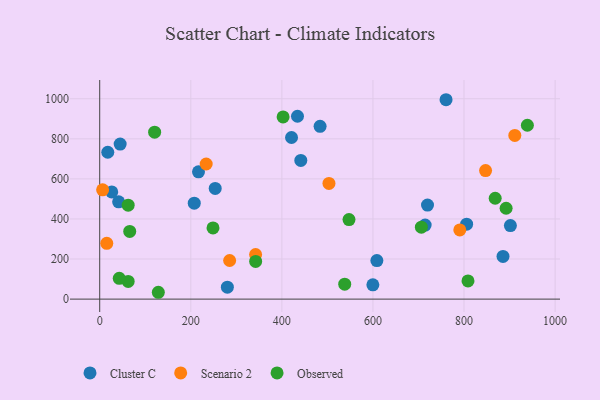
{"axis": {"x": "Investment", "y": "Yield"}, "legend": ["Cluster C", "Observed", "Scenario 2"], "data": [{"x": "608.6", "y": 192.5, "type": "Cluster C"}, {"x": "441.6", "y": 692.0, "type": "Cluster C"}, {"x": "253.6", "y": 552.4, "type": "Cluster C"}, {"x": "714.6", "y": 369.3, "type": "Cluster C"}, {"x": "41.5", "y": 485.3, "type": "Cluster C"}, {"x": "216.9", "y": 635.2, "type": "Cluster C"}, {"x": "805.7", "y": 374.2, "type": "Cluster C"}, {"x": "280.3", "y": 59.4, "type": "Cluster C"}, {"x": "483.9", "y": 862.3, "type": "Cluster C"}, {"x": "901.8", "y": 367.0, "type": "Cluster C"}, {"x": "26.4", "y": 534.8, "type": "Cluster C"}, {"x": "760.5", "y": 995.1, "type": "Cluster C"}, {"x": "434.3", "y": 912.6, "type": "Cluster C"}, {"x": "17.7", "y": 732.9, "type": "Cluster C"}, {"x": "207.6", "y": 478.6, "type": "Cluster C"}, {"x": "44.9", "y": 773.7, "type": "Cluster C"}, {"x": "599.8", "y": 71.3, "type": "Cluster C"}, {"x": "885.6", "y": 212.8, "type": "Cluster C"}, {"x": "421.2", "y": 806.6, "type": "Cluster C"}, {"x": "719.8", "y": 469.5, "type": "Cluster C"}, {"x": "847.3", "y": 641.6, "type": "Scenario 2"}, {"x": "285.3", "y": 192.7, "type": "Scenario 2"}, {"x": "233.8", "y": 674.2, "type": "Scenario 2"}, {"x": "342.3", "y": 222.7, "type": "Scenario 2"}, {"x": "6.4", "y": 545.4, "type": "Scenario 2"}, {"x": "15.5", "y": 278.2, "type": "Scenario 2"}, {"x": "503.4", "y": 577.5, "type": "Scenario 2"}, {"x": "790.7", "y": 345.2, "type": "Scenario 2"}, {"x": "911.5", "y": 817.1, "type": "Scenario 2"}, {"x": "706.3", "y": 358.8, "type": "Observed"}, {"x": "62.5", "y": 468.9, "type": "Observed"}, {"x": "120.6", "y": 833.1, "type": "Observed"}, {"x": "868.4", "y": 503.4, "type": "Observed"}, {"x": "808.7", "y": 90.8, "type": "Observed"}, {"x": "128.7", "y": 34.1, "type": "Observed"}, {"x": "538.0", "y": 74.6, "type": "Observed"}, {"x": "547.4", "y": 396.7, "type": "Observed"}, {"x": "62.5", "y": 88.4, "type": "Observed"}, {"x": "402.7", "y": 909.1, "type": "Observed"}, {"x": "248.8", "y": 355.5, "type": "Observed"}, {"x": "342.4", "y": 188.3, "type": "Observed"}, {"x": "42.9", "y": 103.6, "type": "Observed"}, {"x": "892.4", "y": 453.4, "type": "Observed"}, {"x": "65.9", "y": 337.8, "type": "Observed"}, {"x": "939.1", "y": 867.8, "type": "Observed"}]}